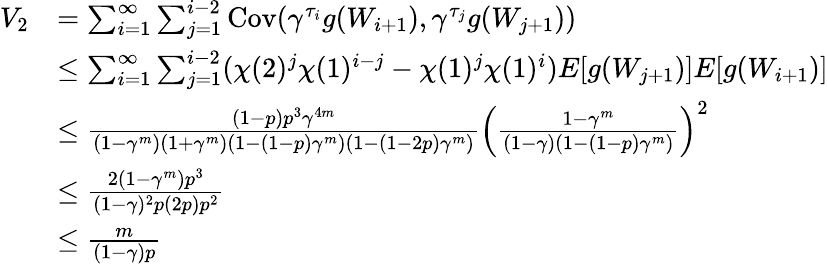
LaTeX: \begin{array}{rl}{V_{2}}&{=\sum_{i=1}^{\infty}\sum_{j=1}^{i-2}\mathrm{Cov}(\gamma^{\tau_{i}}g(W_{i+1}),\gamma^{\tau_{j}}g(W_{j+1}))}\\ &{\leq\sum_{i=1}^{\infty}\sum_{j=1}^{i-2}(\chi(2)^{j}\chi(1)^{i-j}-\chi(1)^{j}\chi(1)^{i})E[g(W_{j+1})]E[g(W_{i+1})]}\\ &{\leq\frac{(1-p)p^{3}\gamma^{4m}}{(1-\gamma^{m})(1+\gamma^{m})(1-(1-p)\gamma^{m})(1-(1-2p)\gamma^{m})}\left(\frac{1-\gamma^{m}}{(1-\gamma)(1-(1-p)\gamma^{m})}\right)^{2}}\\ &{\leq\frac{2(1-\gamma^{m})p^{3}}{(1-\gamma)^{2}p(2p)p^{2}}}\\ &{\leq\frac{m}{(1-\gamma)p}}\end{array}